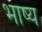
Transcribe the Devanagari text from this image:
भाष्‍य